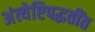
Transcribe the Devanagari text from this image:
अंत्येष्टिपद्धतींत